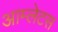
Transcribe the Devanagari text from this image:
आम्लेटस